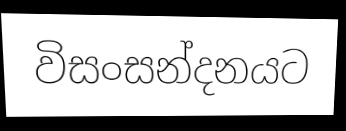
විසංසන්දනයට